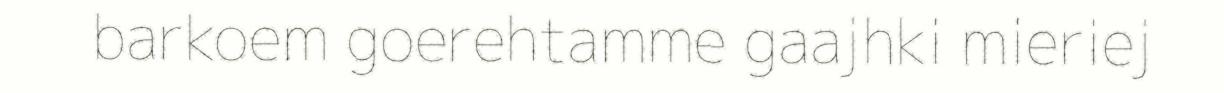
barkoem goerehtamme gaajhki mieriej